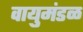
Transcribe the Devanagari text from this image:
वायुमंडळ